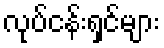
လုပ်ငန်းရှင်များ